Bréfritari: Margrét Eiríksdóttir
Viðtakandi: Jón Borgfirðings Jónsson
Dagsetning: A-1889-11-13
Skrifað á: Lækjamóti  V-Hún.

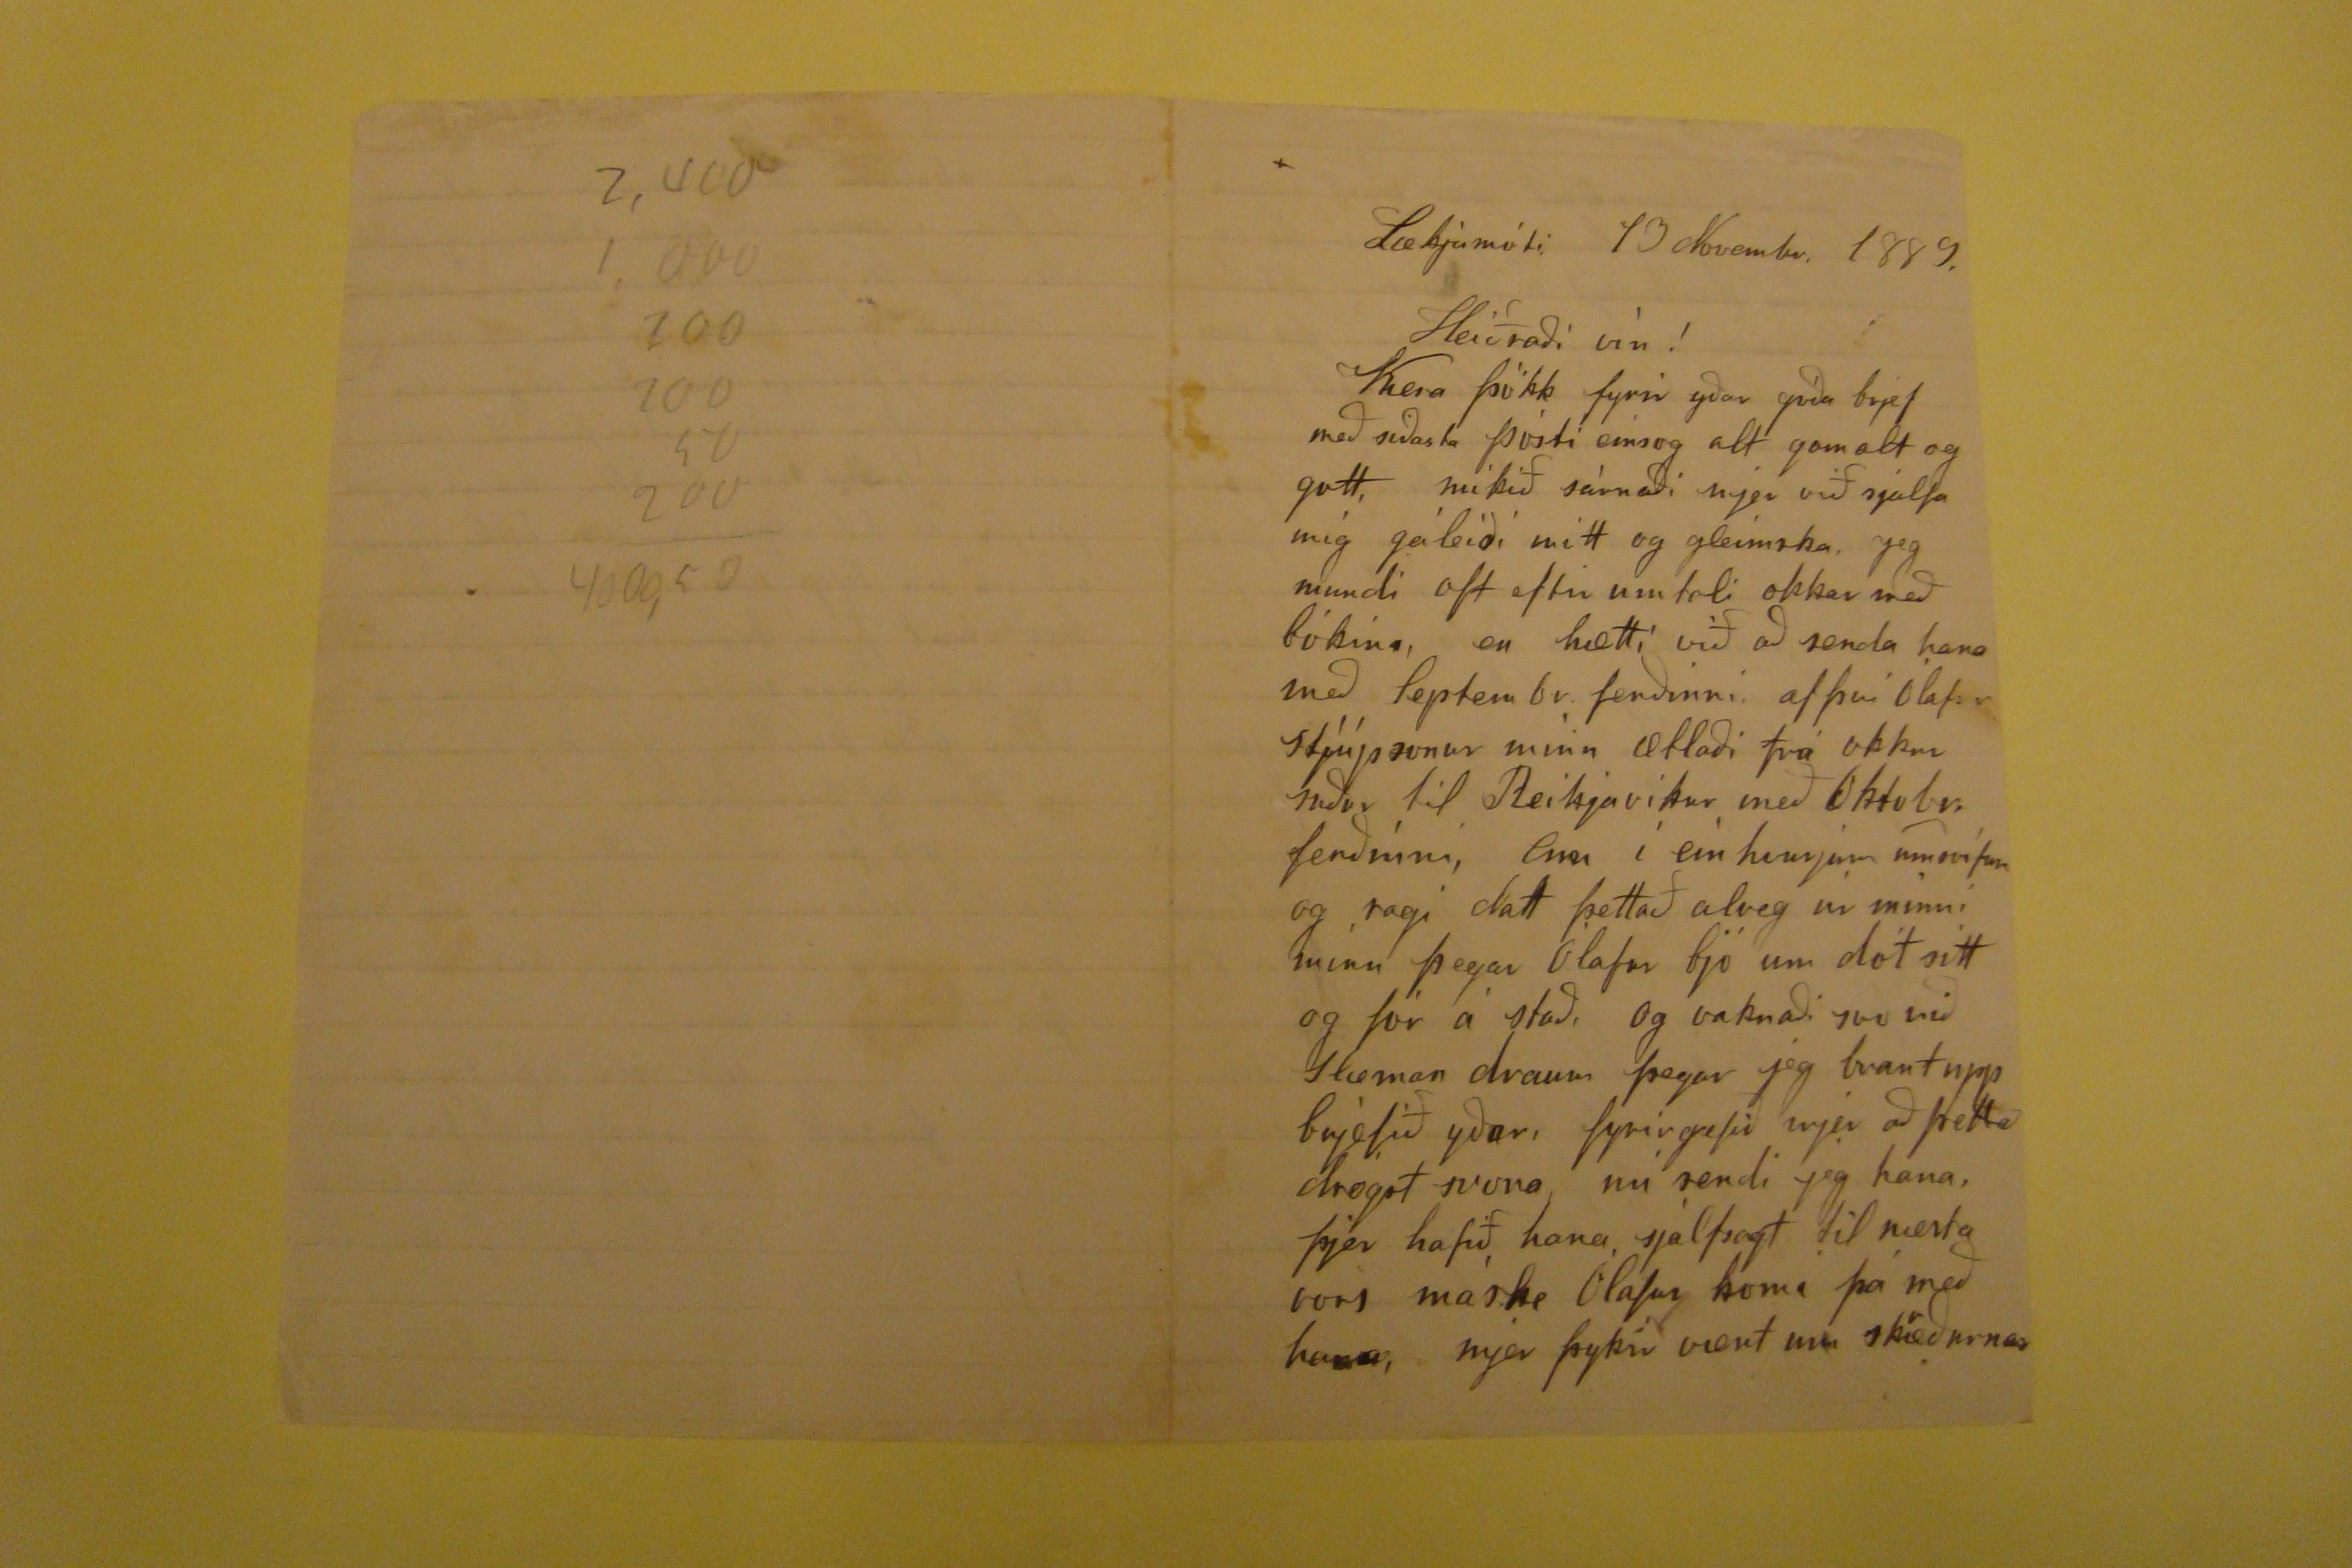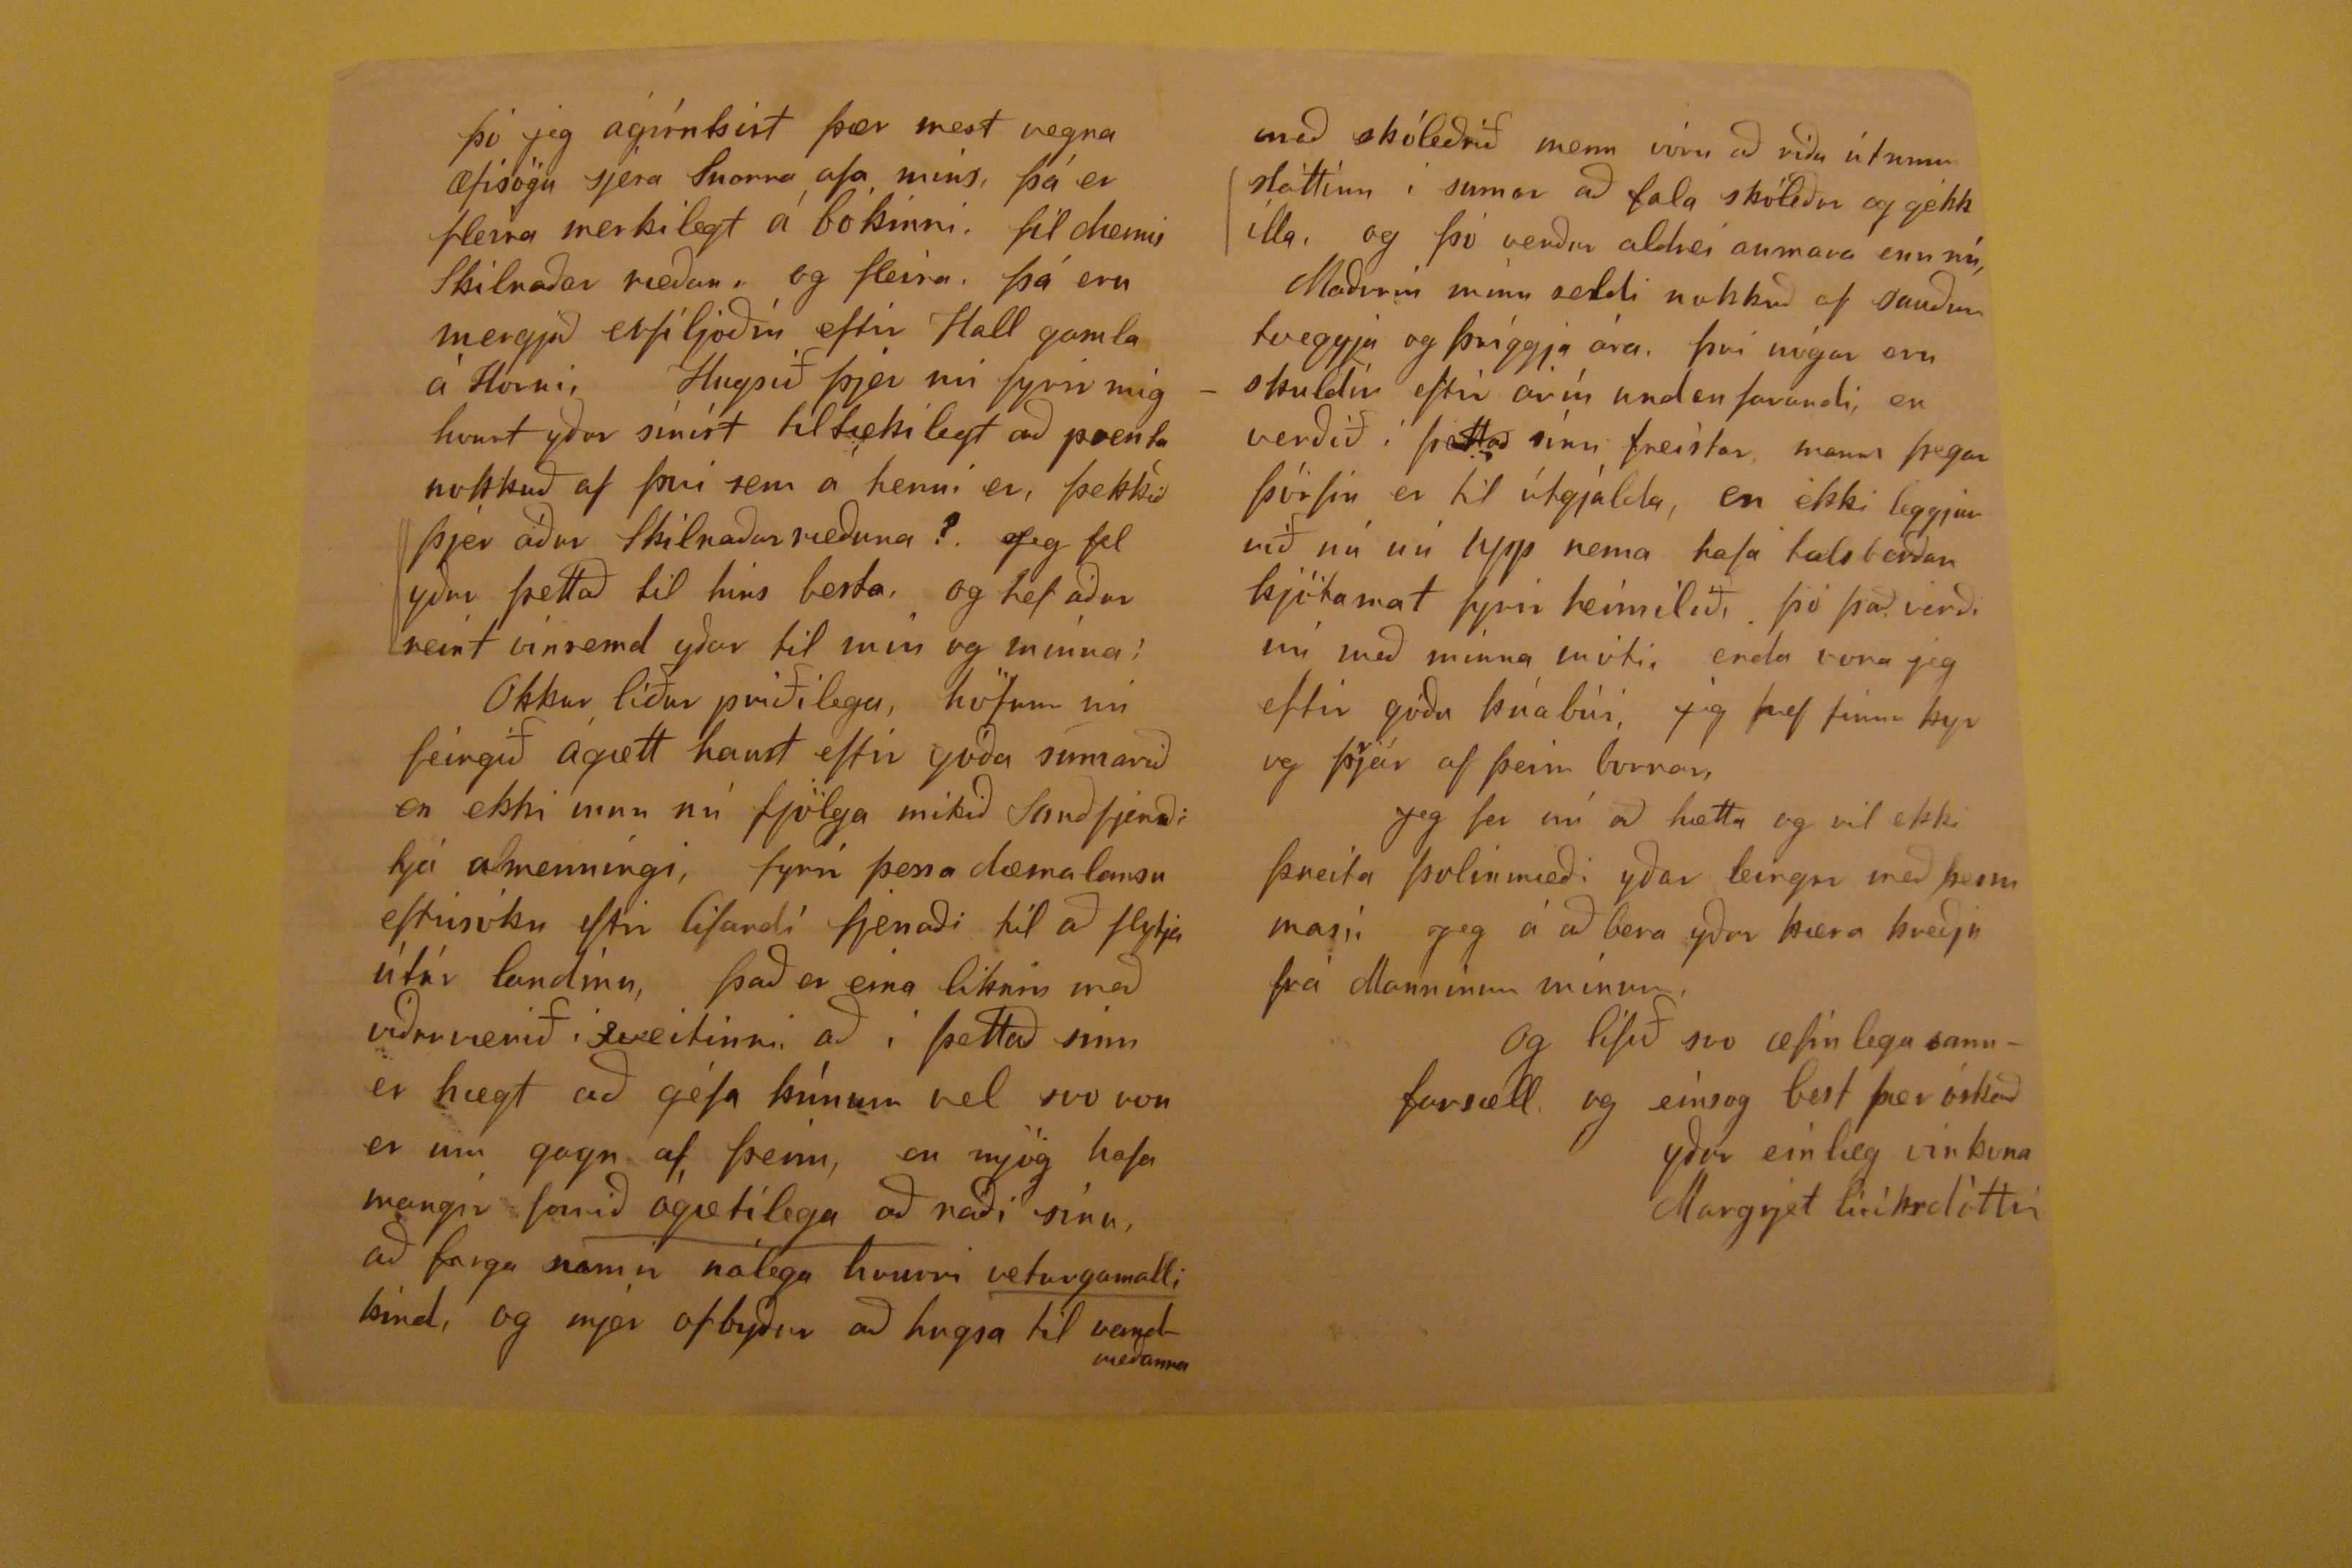

Lækjamóti 13 Novembr. 1889.
Heiðraði vin!
Kera þökk fyrir yðuargóða brjef með siðasta pósti einsog alt gamalt og gott, mikið sárnaði mjer við sjálfa mig gáleiði mitt og gleimska. Jeg mundi oft eftir umtali okkar með bókina, en hætti við að senda hana með Septembr ferðinni af því Ólafur stjúpsonur minn ætlaði frá okkur niður til Reikjavikur með Oktobr. ferðinni, Enn í einhvurjum
umsvífum
og ragi
datt
þettað alveg úr minni minu þegar Ólafur bjó um dót sitt og fór á stað, og vaknaði svo við Slæman draum þegar jeg braut upp brjefið yðar, fyrirgefið mjer að þetta drógst svona nú sendi jeg hana, þjer hafið hana sjálfsagt til næsta vors máske Ílafru komi þá með hana, mjer þykir vænt um sk
r
æðurnar
þó jeg ágírntsist þær mest vegna æfisögu sjera Snorra afa míns, þá er fleira merkilegt á bókinni. til dæmis skilnaðar ærðan, og fleira þá eru mergjuð erfiljóðin eftir Hall gamla
Horni
, Hnysið þjer nú fyrir mig hvurt yður síníst til tækilegt að prenta nokkuð af þvi sem á henni er, þekkið þjer áður skilnaðarræðuna? Jeg fel yður þettað til hins besta, og hef áður reint vinsemd yðar til min og minna
!
Okkur líður priðilega, höfum nú feingið ágætt haust eftir góða sumarið en ekki mun nú fjölga mikið sauðfjenaði hjá almenningi, fyrir þessa dæma lausu eftirsókn eftir lifandi fjendaði til að flytja útúr landinu, það er eina likans með
viðreværið
í sveitinni að í þettað sinn er hægt að géfa kúnum vel svo von er um gagn af þeim, en mjög hafa margir
farið
ágætilega að ráði sínu, að farga
namir nálega
hvurri veturgamalli kind, og mjer ofbyður að hugsa til
vandmeðanna
með skóleðrið menn vóru að ríða útumm sláttinn í sumar að fala skóleður og gékk ílla. og þó verður aldrei annara enn nú, Maðurin minn seldi nokkuð af suðum tveggja og þriggja ára. því nógar eru skuldir eftir
arín
undanfarandi, en verðið í þetta sinn freistar manns þegar
þírfin
er til útgjalda, en ekki
leggjun
við nú nú upp nema hafa talsverðan kjötmat fyrir heimilið, þó það verði nú með minna
enviti,
, enda vona jeg eftir góðu kúabúi, jeg
hef finna kyrveg þjar
af þeim
burrar
, Jeg fer nú að hætta og vil ekki þreita þolinmæði yðar leingur með þessu masi Jeg á að bera yður kæra kveðju frá Manninum mínum,
Og lifið svo æfinlega sannfarsæll og einsog best þær óskað yður einlæg vinkona
Margrjet Eiríksdóttir